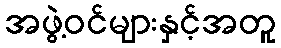
အဖွဲ့ဝင်များနှင့်အတူ